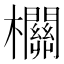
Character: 𣠸